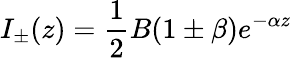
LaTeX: I_{\pm}(z)=\frac{1}{2}B(1\pm\beta)e^{-\alpha z}